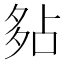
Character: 𡖞